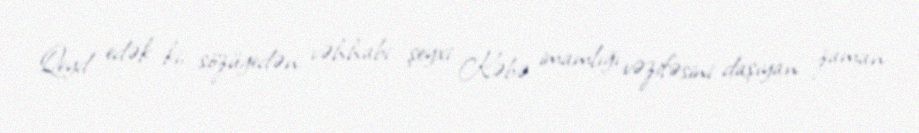
Qeyd edək ki, sözügedən vəhhabi şeyxi Kəbə imamlığı vəzifəsini daşıyan zaman